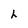
Character: h